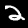
Digit: 2